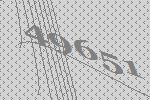
49651